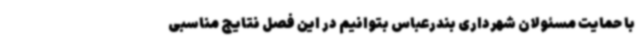
با حمایت مسئولان شهرداری بندرعباس بتوانیم در این فصل نتایج مناسبی